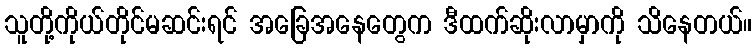
သူတို့ကိုယ်တိုင်မဆင်းရင် အခြေအနေတွေက ဒီထက်ဆိုးလာမှာကို သိနေတယ်။